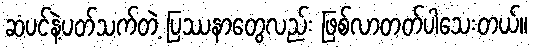
ဆံပင်နဲ့ပတ်သက်တဲ့ ပြဿနာတွေလည်း ဖြစ်လာတတ်ပါသေးတယ်။